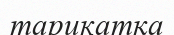
тарикатқа